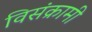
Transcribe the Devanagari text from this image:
विसंक्रामी